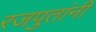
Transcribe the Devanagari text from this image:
रजपुतांनी